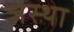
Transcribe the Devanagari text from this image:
जस्था